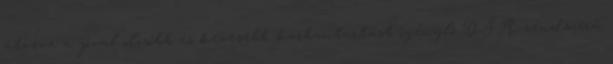
átvéve a jóval olcsóbb és kevesebb karbantartást igénylő D.S.A.-rendszerű